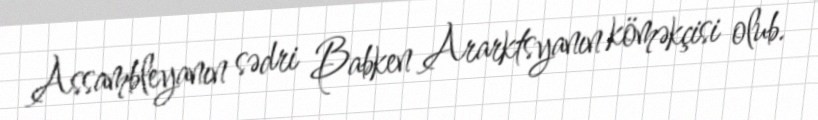
Assambleyanın sədri Babken Ararktsyanın köməkçisi olub.